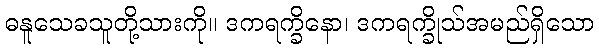
ဓနူသေခသူတို့သားကို။ ဒကရက္ခိနော၊ ဒကရက္ခိုသ်အမည်ရှိသော